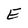
Character: E